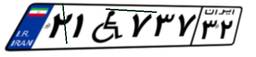
۲۱W۷۳۷۳۲